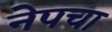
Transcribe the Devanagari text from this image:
नेपचा